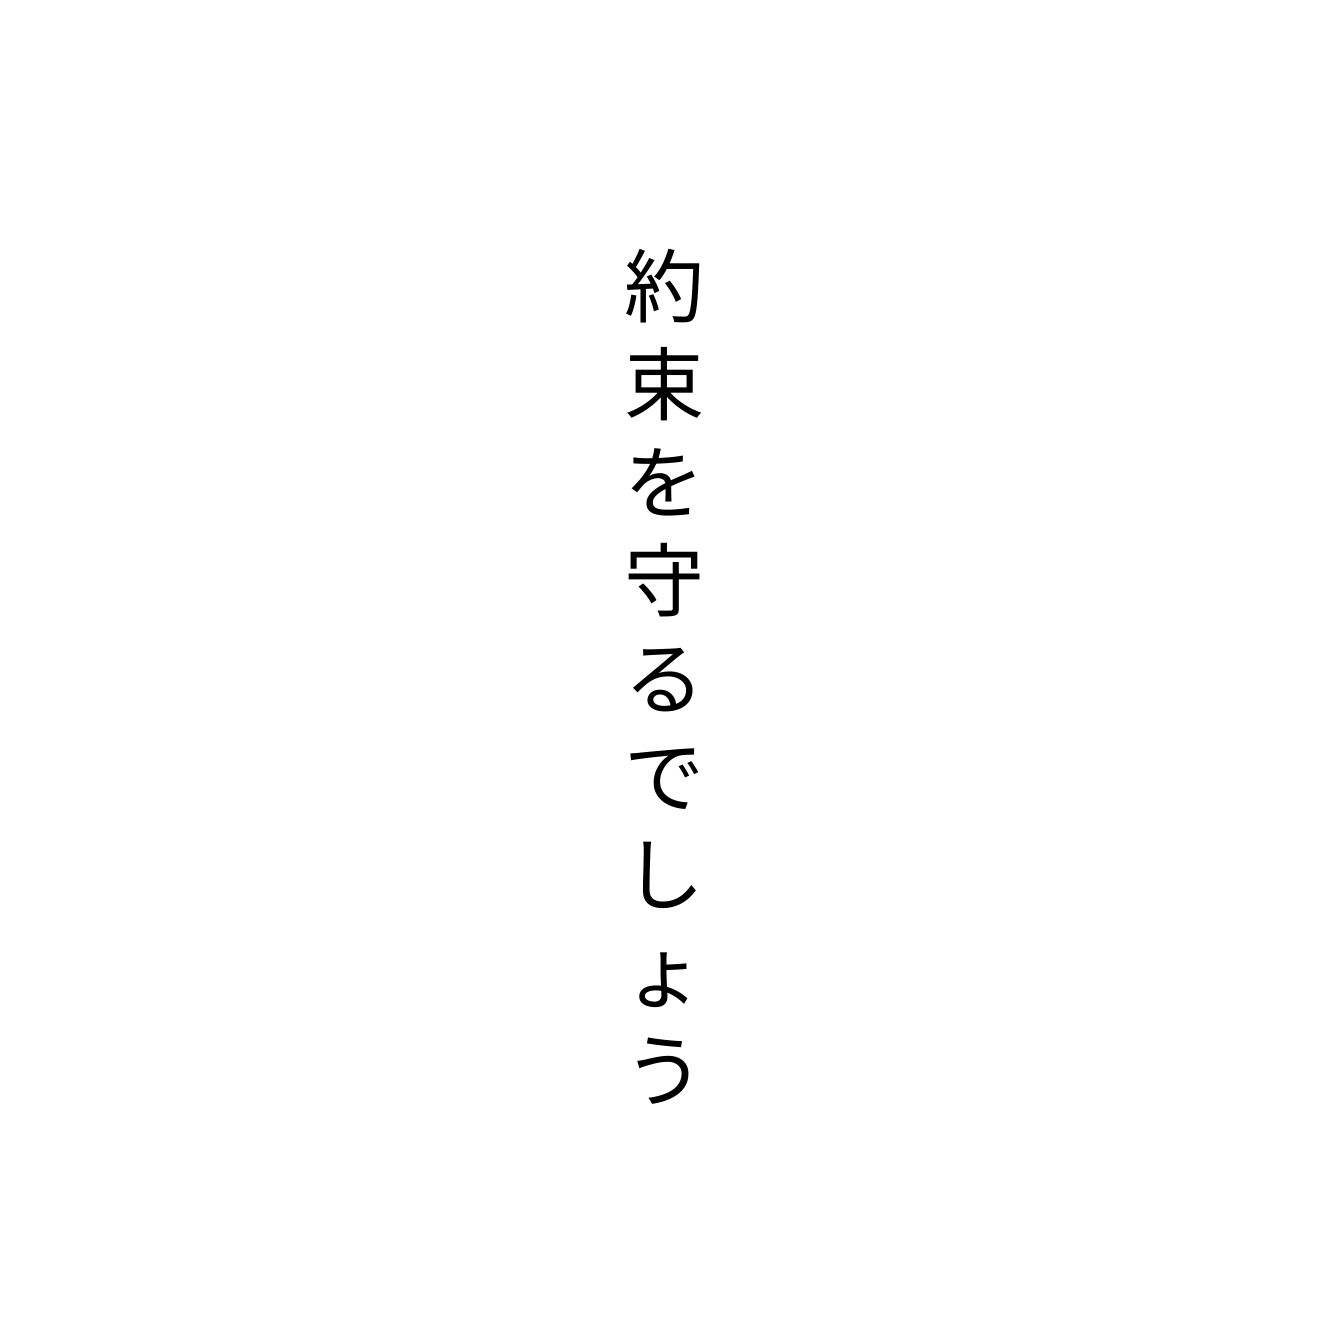
約束を守るでしょう